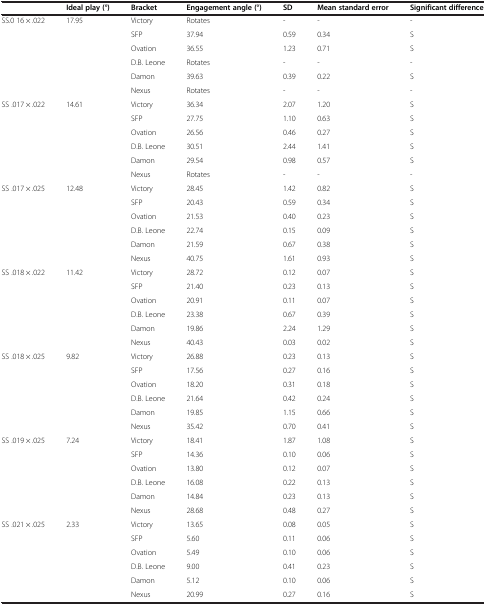
<table><thead><tr><td></td><td><b>Ideal play (°)</b></td><td><b>Bracket</b></td><td><b>Engagement angle (°)</b></td><td><b>SD</b></td><td><b>Mean standard error</b></td><td><b>Significant difference</b></td></tr></thead><tbody><tr><td rowspan="6">SS.0 16 × .022</td><td rowspan="6">17.95</td><td>Victory</td><td>Rotates</td><td>-</td><td>-</td><td>-</td></tr><tr><td>SFP</td><td>37.94</td><td>0.59</td><td>0.34</td><td>S</td></tr><tr><td>Ovation</td><td>36.55</td><td>1.23</td><td>0.71</td><td>S</td></tr><tr><td>D.B. Leone</td><td>Rotates</td><td>-</td><td>-</td><td>-</td></tr><tr><td>Damon</td><td>39.63</td><td>0.39</td><td>0.22</td><td>S</td></tr><tr><td>Nexus</td><td>Rotates</td><td>-</td><td>-</td><td>-</td></tr><tr><td rowspan="6">SS .017 × .022</td><td rowspan="6">14.61</td><td>Victory</td><td>36.34</td><td>2.07</td><td>1.20</td><td>S</td></tr><tr><td>SFP</td><td>27.75</td><td>1.10</td><td>0.63</td><td>S</td></tr><tr><td>Ovation</td><td>26.56</td><td>0.46</td><td>0.27</td><td>S</td></tr><tr><td>D.B. Leone</td><td>30.51</td><td>2.44</td><td>1.41</td><td>S</td></tr><tr><td>Damon</td><td>29.54</td><td>0.98</td><td>0.57</td><td>S</td></tr><tr><td>Nexus</td><td>Rotates</td><td>-</td><td>-</td><td>-</td></tr><tr><td rowspan="6">SS .017 × .025</td><td rowspan="6">12.48</td><td>Victory</td><td>28.45</td><td>1.42</td><td>0.82</td><td>S</td></tr><tr><td>SFP</td><td>20.43</td><td>0.59</td><td>0.34</td><td>S</td></tr><tr><td>Ovation</td><td>21.53</td><td>0.40</td><td>0.23</td><td>S</td></tr><tr><td>D.B. Leone</td><td>22.74</td><td>0.15</td><td>0.09</td><td>S</td></tr><tr><td>Damon</td><td>21.59</td><td>0.67</td><td>0.38</td><td>S</td></tr><tr><td>Nexus</td><td>40.75</td><td>1.61</td><td>0.93</td><td>S</td></tr><tr><td rowspan="6">SS .018 × .022</td><td rowspan="6">11.42</td><td>Victory</td><td>28.72</td><td>0.12</td><td>0.07</td><td>S</td></tr><tr><td>SFP</td><td>21.40</td><td>0.23</td><td>0.13</td><td>S</td></tr><tr><td>Ovation</td><td>20.91</td><td>0.11</td><td>0.07</td><td>S</td></tr><tr><td>D.B. Leone</td><td>23.38</td><td>0.67</td><td>0.39</td><td>S</td></tr><tr><td>Damon</td><td>19.86</td><td>2.24</td><td>1.29</td><td>S</td></tr><tr><td>Nexus</td><td>40.43</td><td>0.03</td><td>0.02</td><td>S</td></tr><tr><td rowspan="6">SS .018 × .025</td><td rowspan="6">9.82</td><td>Victory</td><td>26.88</td><td>0.23</td><td>0.13</td><td>S</td></tr><tr><td>SFP</td><td>17.56</td><td>0.27</td><td>0.16</td><td>S</td></tr><tr><td>Ovation</td><td>18.20</td><td>0.31</td><td>0.18</td><td>S</td></tr><tr><td>D.B. Leone</td><td>21.64</td><td>0.42</td><td>0.24</td><td>S</td></tr><tr><td>Damon</td><td>19.85</td><td>1.15</td><td>0.66</td><td>S</td></tr><tr><td>Nexus</td><td>35.42</td><td>0.70</td><td>0.41</td><td>S</td></tr><tr><td rowspan="6">SS .019 × .025</td><td rowspan="6">7.24</td><td>Victory</td><td>18.41</td><td>1.87</td><td>1.08</td><td>S</td></tr><tr><td>SFP</td><td>14.36</td><td>0.10</td><td>0.06</td><td>S</td></tr><tr><td>Ovation</td><td>13.80</td><td>0.12</td><td>0.07</td><td>S</td></tr><tr><td>D.B. Leone</td><td>16.08</td><td>0.22</td><td>0.13</td><td>S</td></tr><tr><td>Damon</td><td>14.84</td><td>0.23</td><td>0.13</td><td>S</td></tr><tr><td>Nexus</td><td>28.68</td><td>0.48</td><td>0.27</td><td>S</td></tr><tr><td rowspan="6">SS .021 × .025</td><td rowspan="6">2.33</td><td>Victory</td><td>13.65</td><td>0.08</td><td>0.05</td><td>S</td></tr><tr><td>SFP</td><td>5.60</td><td>0.11</td><td>0.06</td><td>S</td></tr><tr><td>Ovation</td><td>5.49</td><td>0.10</td><td>0.06</td><td>S</td></tr><tr><td>D.B. Leone</td><td>9.00</td><td>0.41</td><td>0.23</td><td>S</td></tr><tr><td>Damon</td><td>5.12</td><td>0.10</td><td>0.06</td><td>S</td></tr><tr><td>Nexus</td><td>20.99</td><td>0.27</td><td>0.16</td><td>S</td></tr></tbody></table>